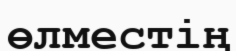
өлместің